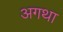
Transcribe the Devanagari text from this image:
अगथा